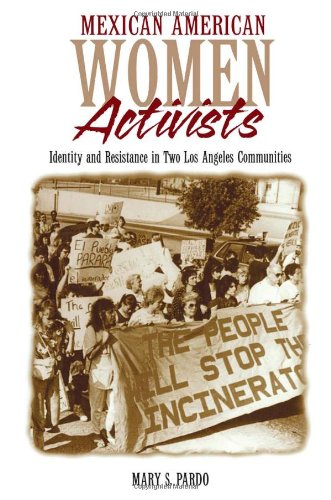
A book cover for Mexican American Women Activists; Mary Pardo; Gay & Lesbian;